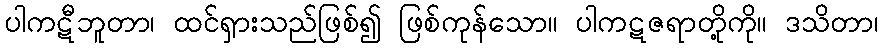
ပါကဋီဘူတာ၊ ထင်ရှားသည်ဖြစ်၍ ဖြစ်ကုန်သော။ ပါကဋဇရာတို့ကို။ ဒသိတာ၊